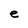
Character: e